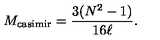
M _ { \mathrm { c a s i m i r } } = { \frac { 3 ( N ^ { 2 } - 1 ) } { 1 6 \ell } } .